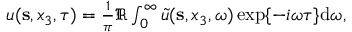
\begin{array} { r } { u ( { { \bf s } } , x _ { 3 } , \tau ) = \frac { 1 } { \pi } \Re \int _ { 0 } ^ { \infty } \tilde { u } ( { { \bf s } } , x _ { 3 } , \omega ) \exp \{ - i \omega \tau \} \mathrm { d } \omega , } \end{array}